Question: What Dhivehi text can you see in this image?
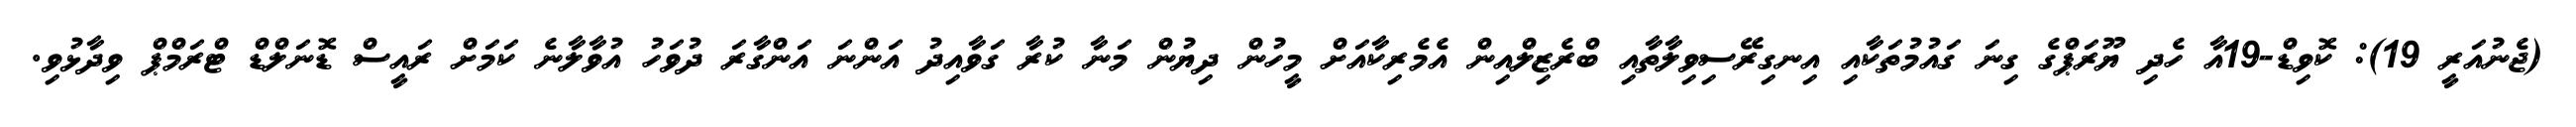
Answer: (ޖެނުއަރީ 19): ކޮވިޑް-19އާ ހެދި ޔޫރަޕްގެ ގިނަ ގައުމުތަކާއި އިނގިރޭސިވިލާތާއި ބްރެޒިލްއިން އެމެރިކާއަށް މީހުން ދިޔުން މަނާ ކުރާ ގަވާއިދު އަންނަ އަންގާރަ ދުވަހު އުވާލާނެ ކަމަށް ރައީސް ޑޮނަލްޑް ޓްރަމްޕް ވިދާޅުވި.